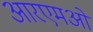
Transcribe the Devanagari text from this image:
आरएमओ